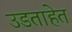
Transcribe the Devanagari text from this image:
उडताहेत